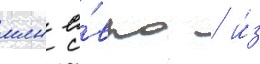
млн е́вро / и́з